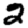
Digit: 2